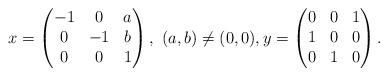
LaTeX: \begin{align*}x=\begin{pmatrix}-1&0&a\\0&-1&b\\0&0&1\end{pmatrix},\ (a,b)\ne (0,0), y=\begin{pmatrix}0&0&1\\1&0&0\\0&1&0\end{pmatrix}.\end{align*}